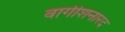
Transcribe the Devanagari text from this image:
वागीशनारद